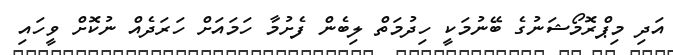
އަދި މިޕްރޮމޯޝަނުގެ ބޭނުމަކީ ހިދުމަތް ލިބެން ފެށުމާ ހަމައަށް ހަރަދެއް ނުކޮށް ވީހައި